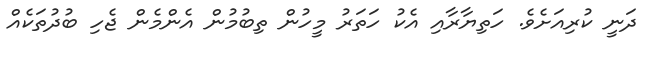
ދަނީ ކުރިއަށެވެ. ހަތިޔާރާއި އެކު ހަތަރު މީހުން ތިބުމުން އެންމެން ޖެހި ބުދުތަކެއް